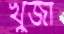
খুজা